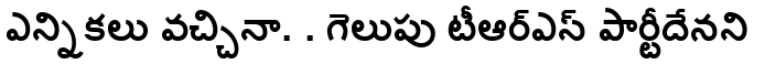
ఎన్నికలు వచ్చినా. . గెలుపు టీఆర్ఎస్ పార్టీదేనని